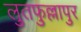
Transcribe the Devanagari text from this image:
लुतफुल्लापुर